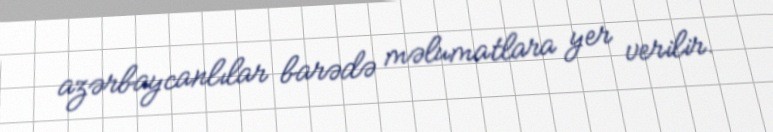
azərbaycanlılar barədə məlumatlara yer verilir.